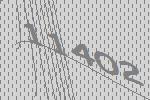
11402